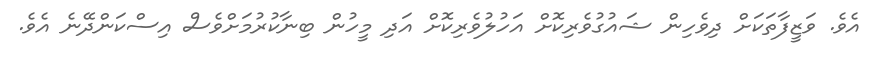
އެވެ. ވަޒީފާތަކަށް ދިވެހިން ޝައުގުވެރިކޮށް އަހުލުވެރިކޮށް އަދި މީހުން ބިނާކުރުމަށްވެސް އިސްކަންދޭނެ އެވެ.